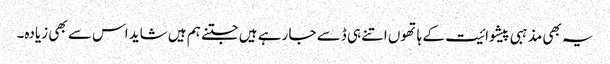
یہ بھی مذہبی پیشوائیت کے ہاتھوں اتنے ہی ڈسے جا رہے ہیں جتنے ہم ہیں شاید اس سے بھی زیادہ۔